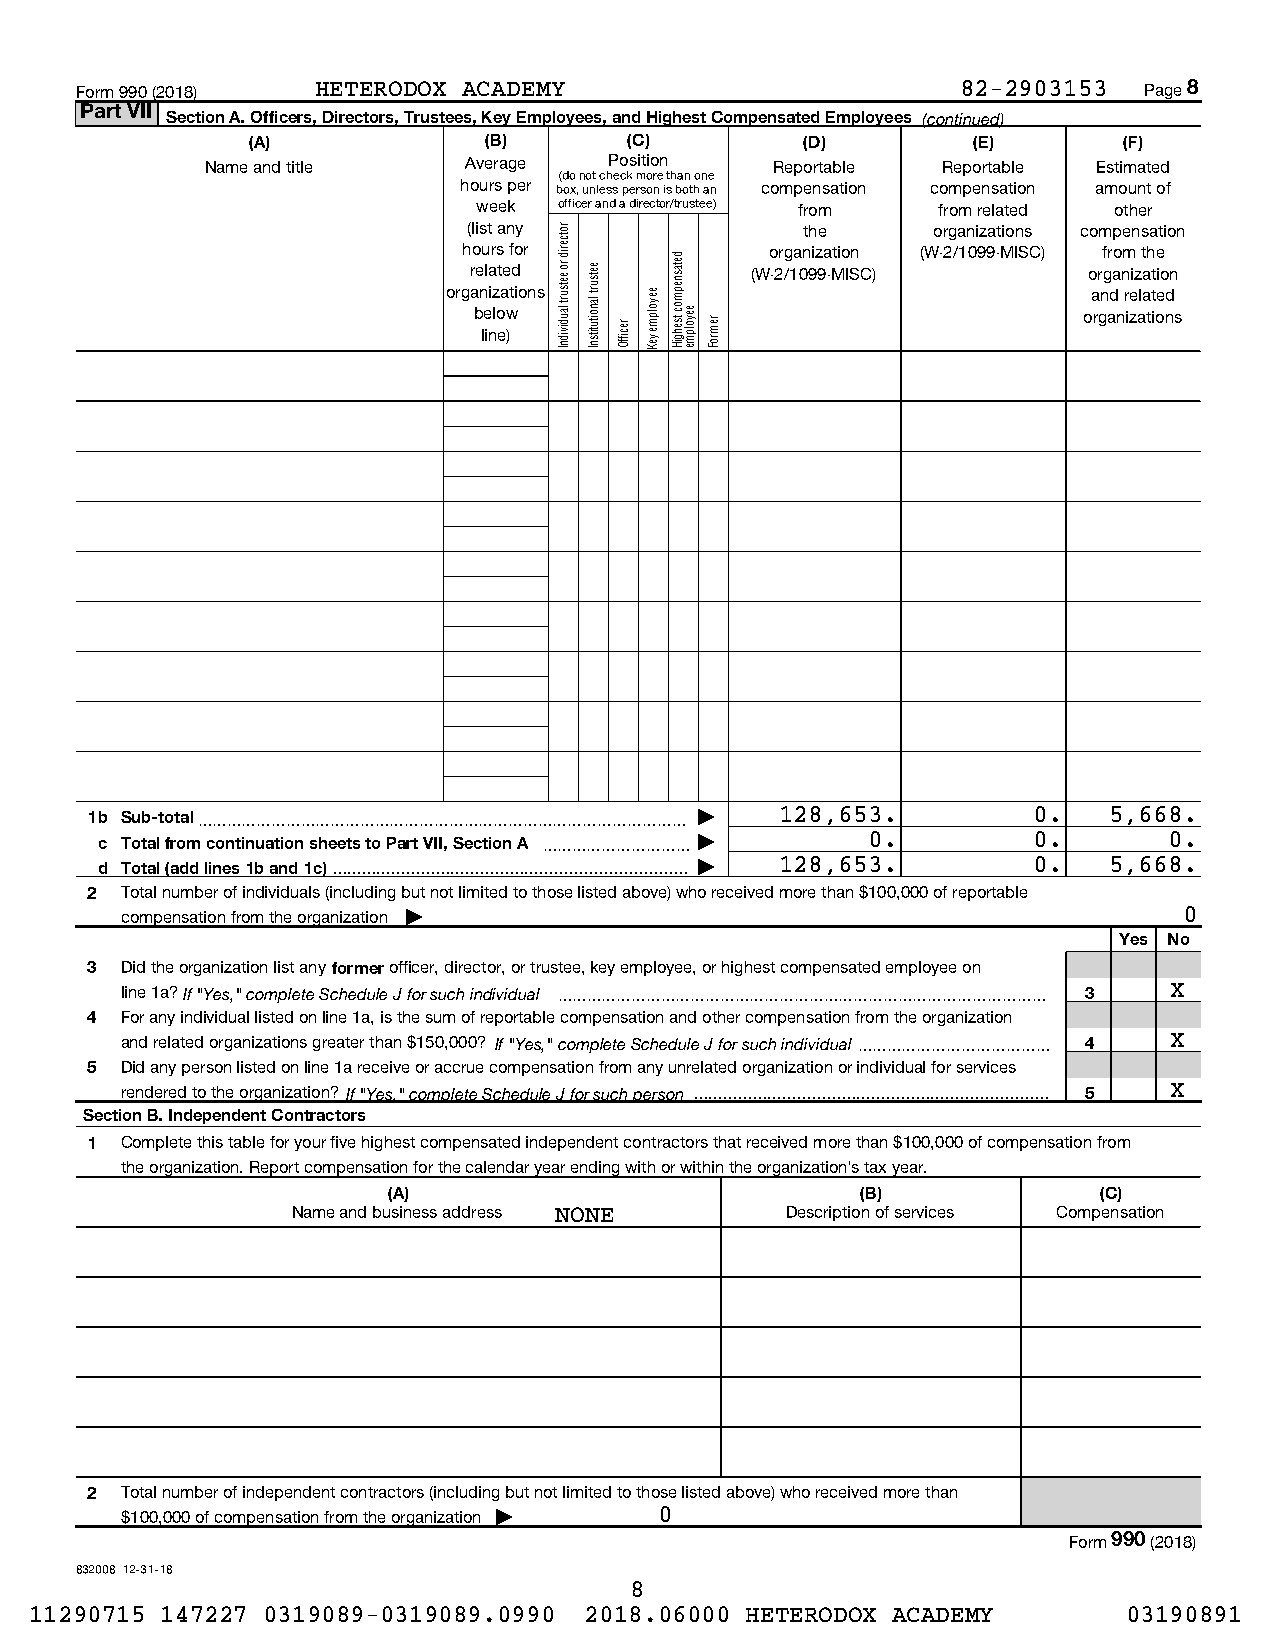
Form 990 (2018) HETERODOX ACADEMY                          82-2903153  Page 8
 Part VII
 Section A. Officers, Directors, Trustees, Key Employees, and Highest Compensated Employees (continued)
 (A)             (B)       (C)        (D)        (E)       (F)
 Name and title   Average  Position   Reportable Reportable Estimated
 (do not check more than one
 hours per box, unless person is both an compensation compensation amount of
 week officer and a director/trustee) from from related other
 (list any             the      organizations compensation
 hours for           organization (W-2/1099-MISC) from the
 related            (W-2/1099-MISC)       organization
 organizations                             and related
 below                                    organizations
 line)
 1b Sub-total~~~~~~~~~~~~~~~~~~~~~~~~~~~~~~~~~ | 128,653.      0.   5,668.
 c Total from continuation sheets to Part VII, Section A ~~~~~~~~~~ | 0. 0. 0.
 d Total (add lines 1b and 1c) | 128,653. 0. 5,668.
 2 Total number of individuals (including but not limited to those listed above) who received more than $100,000 of reportable
 compensation from the organization |                                  0
 Yes No
 3 Did the organization list any former officer, director, or trustee, key employee, or highest compensated employee on
 line 1a? If "Yes," complete Schedule J for such individual ~~~~~~~~~~~~~~~~~~~~~~~~~~~~~~~~~ 3 X
 4 For any individual listed on line 1a, is the sum of reportable compensation and other compensation from the organization
 and related organizations greater than $150,000? If "Yes," complete Schedule J for such individual~~~~~~~~~~~~~ 4 X
 5 Did any person listed on line 1a receive or accrue compensation from any unrelated organization or individual for services
 rendered to the organization? If "Yes," complete Schedule J for such person  5 X
 Section B. Independent Contractors
 1 Complete this table for your five highest compensated independent contractors that received more than $100,000 of compensation from
 the organization. Report compensation for the calendar year ending with or within the organization's tax year.
 (A)                            (B)             (C)
 Name and business address NONE   Description of services Compensation
 2 Total number of independent contractors (including but not limited to those listed above) who received more than
 $100,000 of compensation from the organization | 0
 Form 990 (2018)
 832008 12-31-18
 8
 11290715 147227 0319089-0319089.0990 2018.06000 HETERODOX ACADEMY        03190891
 rotcerid
 ro eetsurt
 laudividnI
 eetsurt
 lanoitutitsnI
 reciffO
 eeyolpme
 yeK
 detasnepmoc
 tsehgiH eeyolpme remroF